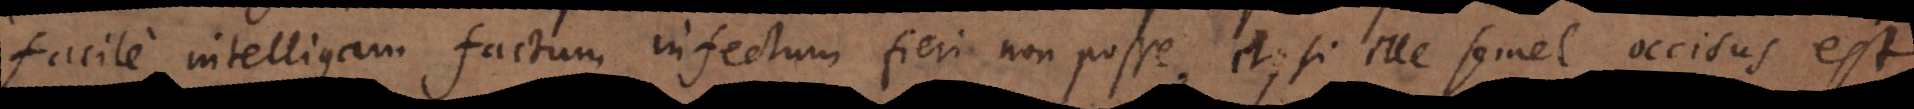
facile intelligam factum infectum fieri non posse, et, si ille semel occisus est